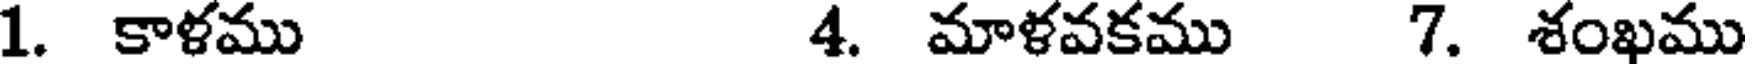
1. కాళము 4. మాళవకము 7. శంఖము